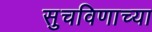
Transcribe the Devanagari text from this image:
सुचविणाच्या